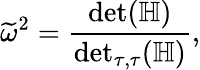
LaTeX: \widetilde{\omega}^{2}=\frac{\operatorname*{det}(\mathbb{H})}{\operatorname*{det}_{\tau,\tau}(\mathbb{H})},